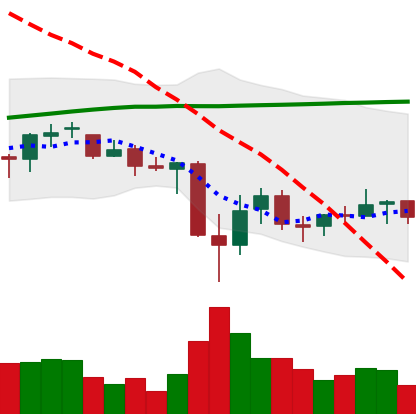
Ticker: BNB-USD
Chart end date: 2021-07-01
Forward return: 11.351%
Label: up_7plus